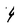
Character: 4